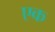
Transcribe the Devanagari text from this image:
एक